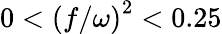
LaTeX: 0<\left(f/\omega\right)^{2}<0.25